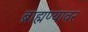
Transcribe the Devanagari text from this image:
ब्राह्मण्यावर